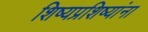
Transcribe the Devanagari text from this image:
शिष्यप्रशिष्यांना